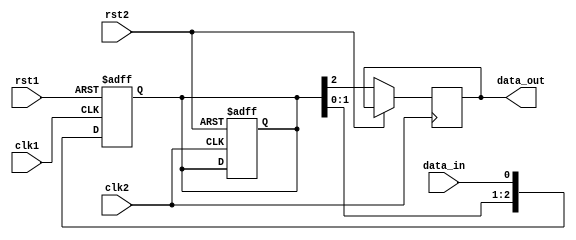
module timing_control_sync (
input wire clk1,
input wire clk2,
input wire rst1,
input wire rst2,
input wire data_in,
output reg data_out
);

reg [2:0] sync_reg;

always @(posedge clk1 or posedge rst1) begin
if (rst1) begin
sync_reg <= 3'b000;
end else begin
sync_reg <= {sync_reg[1:0], data_in};
end
end

always @(posedge clk2 or posedge rst2) begin
if (rst2) begin
sync_reg <= 3'b000;
end else begin
data_out <= sync_reg[2];
end
end

endmodule